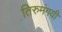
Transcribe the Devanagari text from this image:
तिरुमंगयी